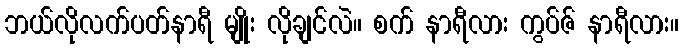
ဘယ်လိုလက်ပတ်နာရီ မျိုး လိုချင်လဲ။ စက် နာရီလား ကွပ်ဇ် နာရီလား။